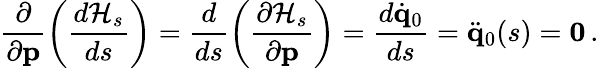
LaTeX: \frac{\partial}{\partial{\mathbf p}}\left(\frac{d{\cal H}_{s}}{ds}\right)=\frac{d}{ds}\left(\frac{\partial{\cal H}_{s}}{\partial{\mathbf p}}\right)=\frac{d\dot{\mathbf q}_{0}}{ds}=\ddot{\mathbf q}_{0}(s)={\mathbf 0}\, .